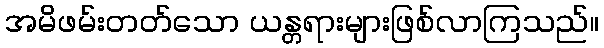
အမိဖမ်းတတ်သော ယန္တရားများဖြစ်လာကြသည်။